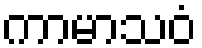
ကာမာသဝံ